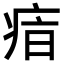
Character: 𤶓